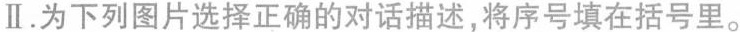
Ⅱ.为下列图片选择正确的对话描述,将序号填在括号里.